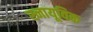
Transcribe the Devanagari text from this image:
स्नायूविक